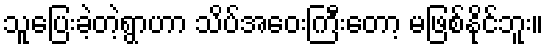
သူပြေးခဲ့တဲ့ရွာဟာ သိပ်အဝေးကြီးတော့ မဖြစ်နိုင်ဘူး။